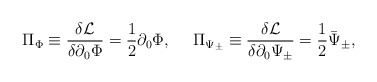
\begin{align*}\Pi_\Phi \equiv \frac{\delta {\cal L}}{\delta \partial_0 \Phi}= \frac{1}{2} \partial_0 \Phi,{}~~~~\Pi_{\Psi_\pm} \equiv \frac{\delta {\cal L}}{\delta \partial_0 \Psi_\pm}= \frac{1}{2} \bar{\Psi}_\pm,\end{align*}